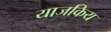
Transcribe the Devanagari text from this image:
याजकिय